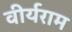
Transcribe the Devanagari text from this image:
वीर्यराम